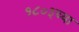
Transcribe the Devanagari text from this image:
१८०३च्या